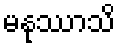
မနုဿာသိ